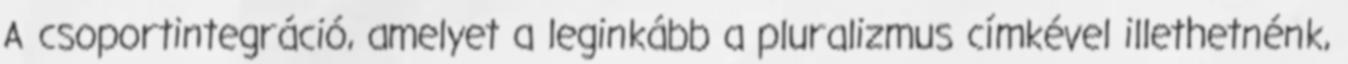
A csoportintegráció, amelyet a leginkább a pluralizmus címkével illethetnénk,